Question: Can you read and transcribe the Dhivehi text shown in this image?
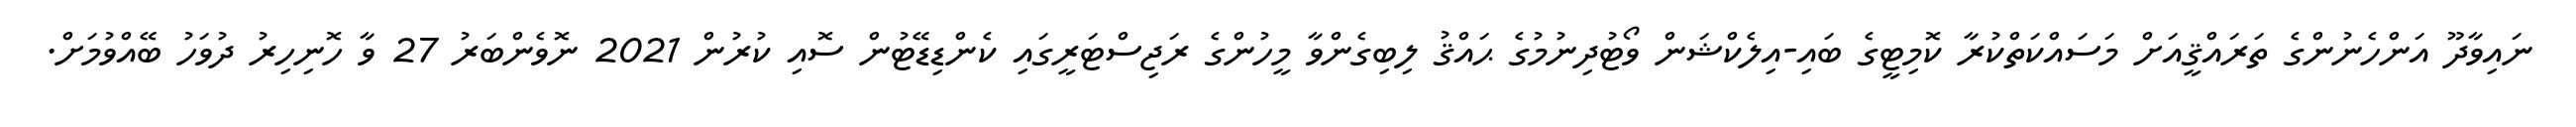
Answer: ނައިވާދޫ އަންހެނުންގެ ތަރައްޤީއަށް މަސައްކަތްކުރާ ކޮމިޓީގެ ބައި-އިލެކްޝަން ވޯޓުދިނުމުގެ ޙައްޤު ލިބިގެންވާ މީހުންގެ ރަޖިސްޓަރީގައި ކެންޑިޑޭޓުން ސޮއި ކުރުން 2021 ނޮވެންބަރު 27 ވާ ހޮނިހިރު ދުވަހު ބޭއްވުމަށް.